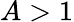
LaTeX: A>1